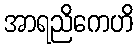
အာရညိကေဟိ